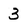
Character: 3